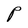
Character: P